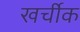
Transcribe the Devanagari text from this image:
खर्चीक